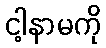
ငါ့နာမကို